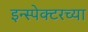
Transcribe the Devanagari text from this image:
इन्स्पेक्टरच्या